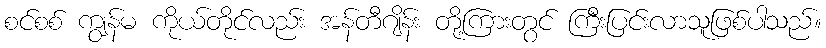
စင်စစ် ကျွန်မ ကိုယ်တိုင်လည်း အန်တီဂျိန်း တို့ကြားတွင် ကြီးပြင်းလာသူဖြစ်ပါသည်။